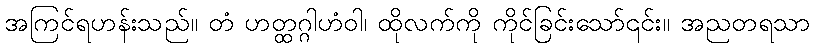
အကြင်ရဟန်းသည်။ တံ ဟတ္ထဂ္ဂါဟံဝါ၊ ထိုလက်ကို ကိုင်ခြင်းသော်၎င်း။ အညတရသာ